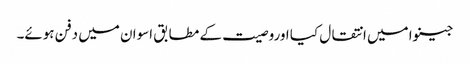
جینوا میں انتقال کیا اوروصیت کے مطابق اسوان میں دفن ہوئے۔